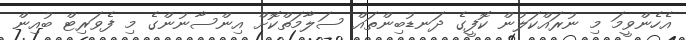
އެހެންވީމަ މި ނުރައްކަލުން ކޮފީގެ ދަނޑުބިންތައް ސަލާމަތްކޮށް އިންސާނުންގެ މި ފެވަރިޓް ބުއިން